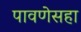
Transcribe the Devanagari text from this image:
पावणेसहा